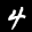
Label: 4